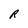
Character: R